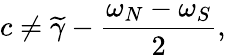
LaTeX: c\neq\widetilde{\gamma}-\frac{\omega_{N}-\omega_{S}}{2},